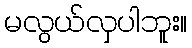
မလွယ်လှပါဘူး။